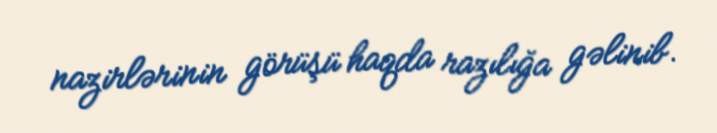
nazirlərinin görüşü haqda razılığa gəlinib.